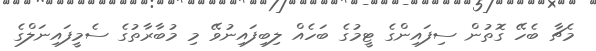
މެޗާ ބެހޭ ގޮތުން ސިފައިންގެ ޓީމުގެ ބަހެއް ލިބިފައިނުވޭ މި މުބާރާތުގެ ސެމީފައިނަލްގެ